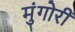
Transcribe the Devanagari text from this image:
मुंगोरीं